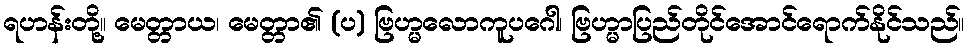
ရဟန်းတို့။ မေတ္တာယ၊ မေတ္တာ၏ (ပ) ဗြဟ္မလောကူပဂေါ၊ ဗြဟ္မာပြည်တိုင်အောင်ရောက်နိုင်သည်။